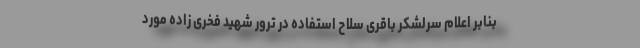
بنابر اعلام سرلشکر باقری سلاح استفاده در ترور شهید فخری زاده مورد